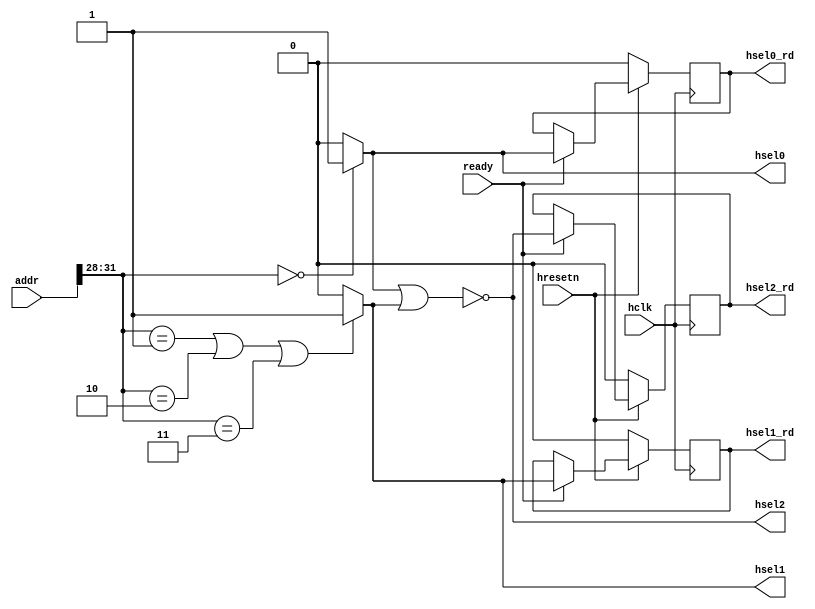
module ahbdec (
	hclk,
	hresetn,
	addr,
	ready,
	hsel0,
	hsel0_rd,
	hsel1,
	hsel1_rd,
	hsel2,
	hsel2_rd
);

input hclk;
input hresetn;
input [31:0] addr;
input ready;
output hsel0;
output hsel0_rd;
output hsel1;
output hsel1_rd;
output hsel2;
output hsel2_rd;

reg hsel0_rd;
reg hsel1_rd;
reg hsel2_rd;

// hsel0 range: 32'h00000000 - 32'h0FFFFFFF
assign hsel0 = (addr[31:28] == 4'h0) ? 1'b1 : 1'b0;
// hsel1 range: 32'h10000000 to 32'h3FFFFFFF
assign hsel1 = (addr[31:28] == 4'h1 || addr[31:28] == 4'h2 || addr[31:28] == 4'h3) ? 1'b1 : 1'b0;
// the rest is hsel2
assign hsel2 = ~(hsel0 | hsel1);

always @(posedge hclk) begin
	if (~hresetn) begin
		hsel0_rd <= 1'b0;
		hsel1_rd <= 1'b0;
		hsel2_rd <= 1'b0;
	end else begin
		if (ready) begin
			hsel0_rd <= hsel0;
			hsel1_rd <= hsel1;
			hsel2_rd <= hsel2;
		end
	end
end

endmodule